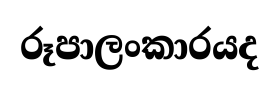
රූපාලංකාරයද